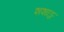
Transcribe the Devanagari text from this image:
शशाङ्क